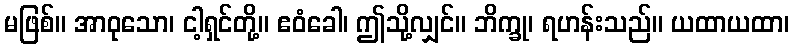
မဖြစ်။ အာဝုသော၊ ငါ့ရှင်တို့။ ဧဝံခေါ၊ ဤသို့လျှင်။ ဘိက္ခု၊ ရဟန်းသည်။ ယထာယထာ၊